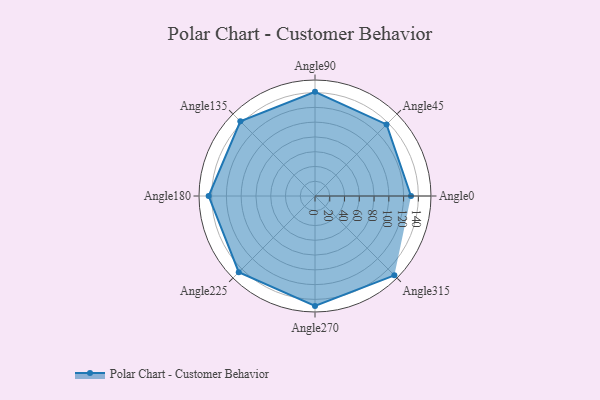
{"axis": {"x": "Angle", "y": "Radius"}, "legend": [""], "data": [{"x": "Angle0", "y": 130.0, "type": ""}, {"x": "Angle45", "y": 137.0, "type": ""}, {"x": "Angle90", "y": 141.0, "type": ""}, {"x": "Angle135", "y": 143.0, "type": ""}, {"x": "Angle180", "y": 144.0, "type": ""}, {"x": "Angle225", "y": 146.0, "type": ""}, {"x": "Angle270", "y": 149.0, "type": ""}, {"x": "Angle315", "y": 152.0, "type": ""}]}